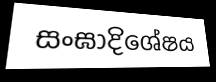
සංඝාදිශේෂය